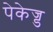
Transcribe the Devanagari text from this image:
पेकेज्ड